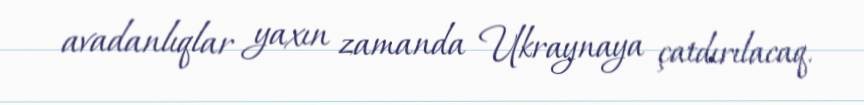
avadanlıqlar yaxın zamanda Ukraynaya çatdırılacaq.